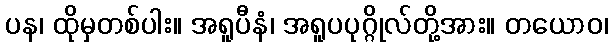
ပန၊ ထိုမှတစ်ပါး။ အရူပီနံ၊ အရူပပုဂ္ဂိုလ်တို့အား။ တယောဝ၊